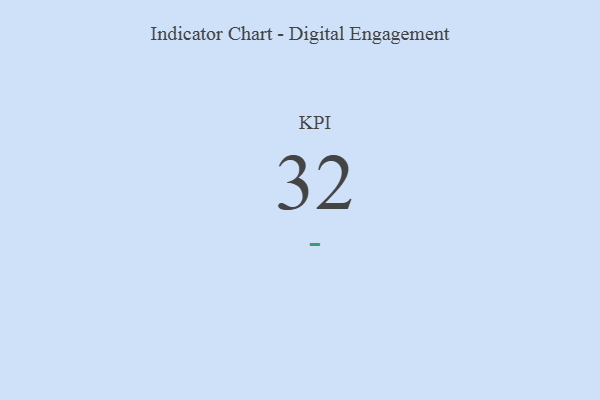
{"axis": {"x": "KPI", "y": "Value"}, "legend": [""], "data": [{"x": "KPI", "y": 32, "type": ""}]}